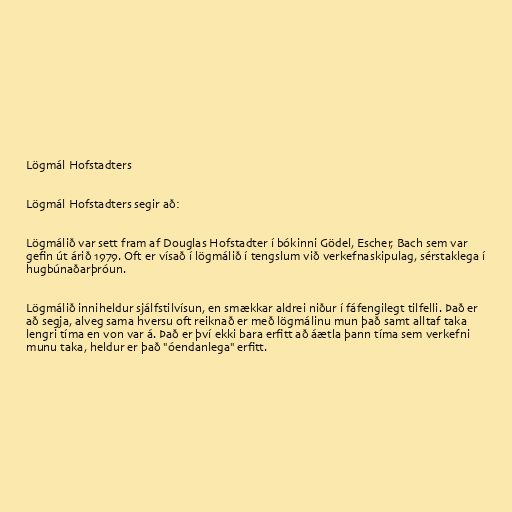
Lögmál Hofstadters

Lögmál Hofstadters segir að:

Lögmálið var sett fram af Douglas Hofstadter í bókinni Gödel, Escher, Bach sem var
gefin út árið 1979. Oft er vísað í lögmálið í tengslum við verkefnaskipulag, sérstaklega í
hugbúnaðarþróun.

Lögmálið inniheldur sjálfstilvísun, en smækkar aldrei niður í fáfengilegt tilfelli. Það er
að segja, alveg sama hversu oft reiknað er með lögmálinu mun það samt alltaf taka
lengri tíma en von var á. Það er því ekki bara erfitt að áætla þann tíma sem verkefni
munu taka, heldur er það "óendanlega" erfitt.